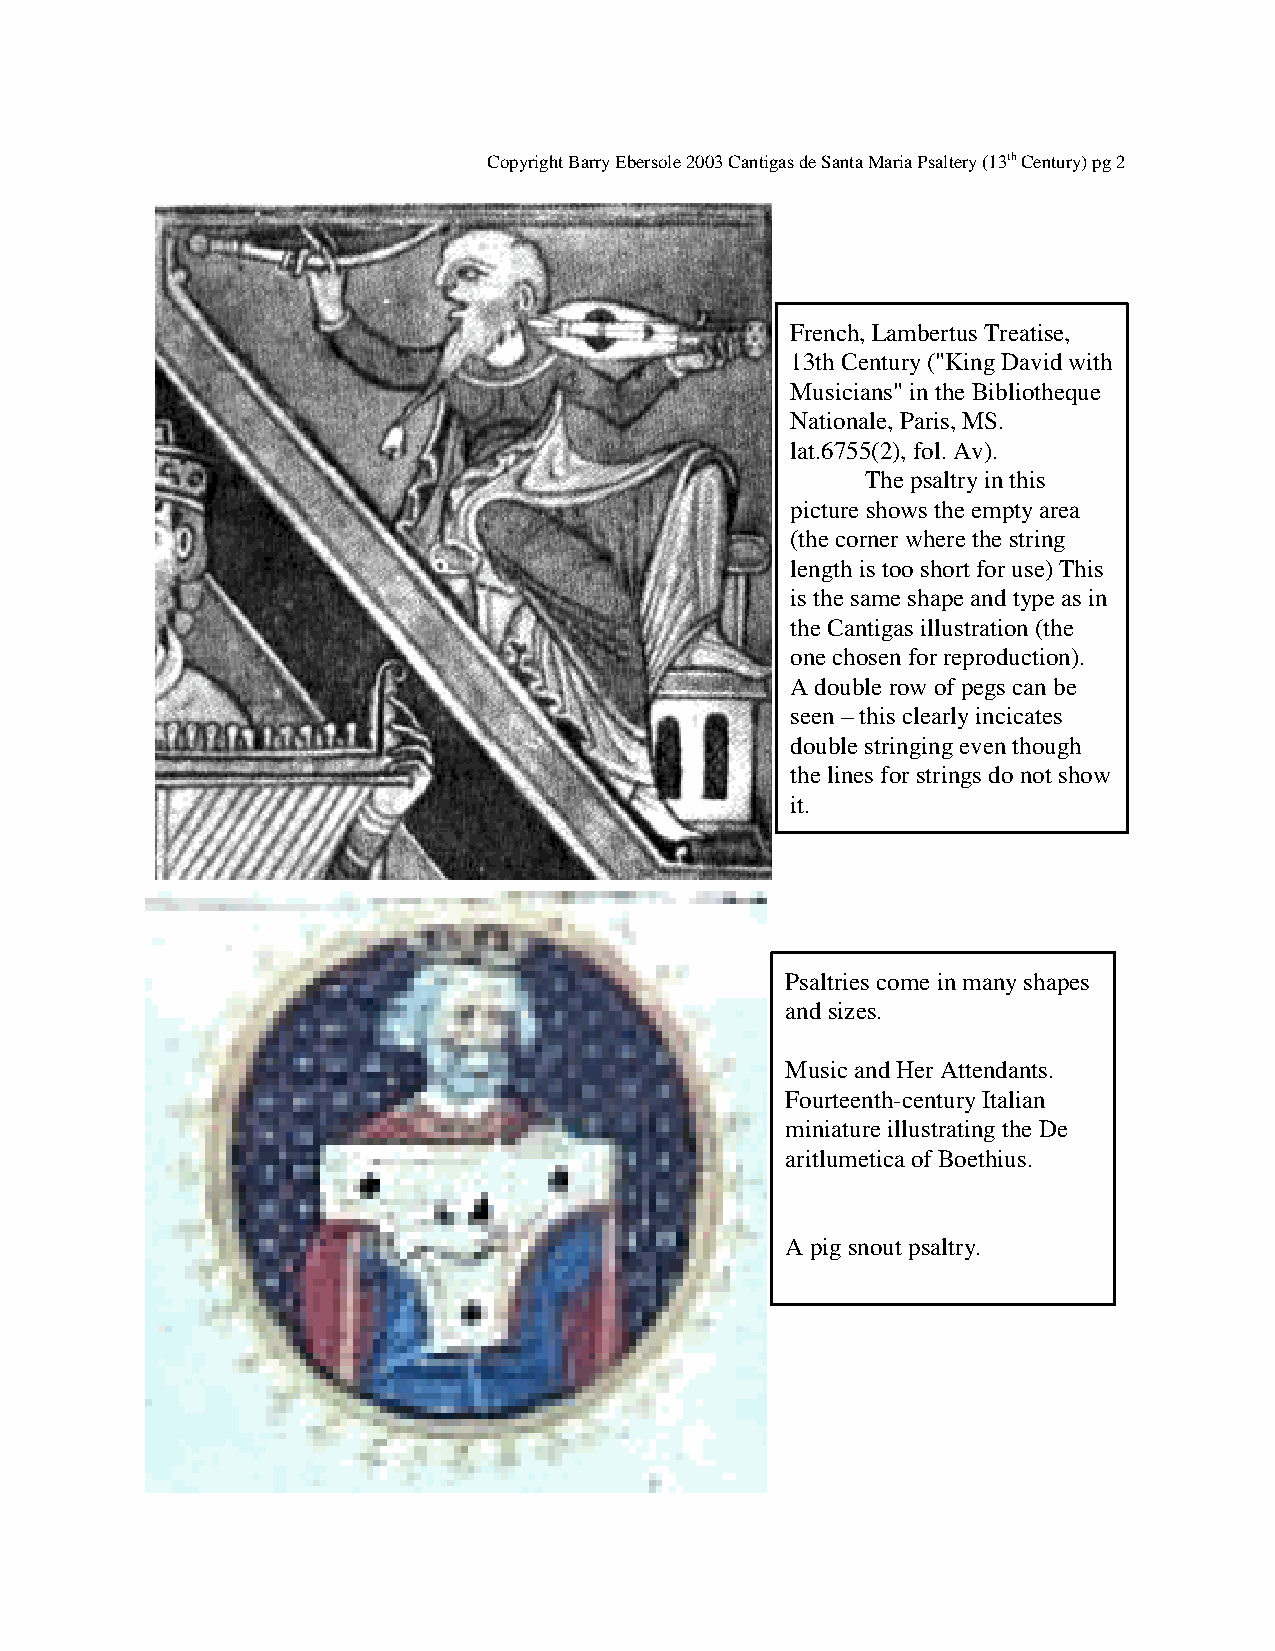
Copyright Barry Ebersole 2003 Cantigas de Santa Maria Psaltery (13th Century) pg 2
 French, Lambertus Treatise,
 13th Century ("King David with
 Musicians" in the Bibliotheque
 Nationale, Paris, MS.
 lat.6755(2), fol. Av).
 The psaltry in this
 picture shows the empty area
 (the corner where the string
 length is too short for use) This
 is the same shape and type as in
 the Cantigas illustration (the
 one chosen for reproduction).
 A double row of pegs can be
 seen – this clearly incicates
 double stringing even though
 the lines for strings do not show
 it.
 Psaltries come in many shapes
 and sizes.
 Music and Her Attendants.
 Fourteenth-century Italian
 miniature illustrating the De
 aritlumetica of Boethius.
 A pig snout psaltry.